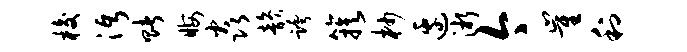
梭沔赌晦焱韵跨簇杪边淅今崔利